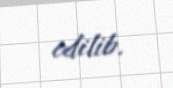
edilib.